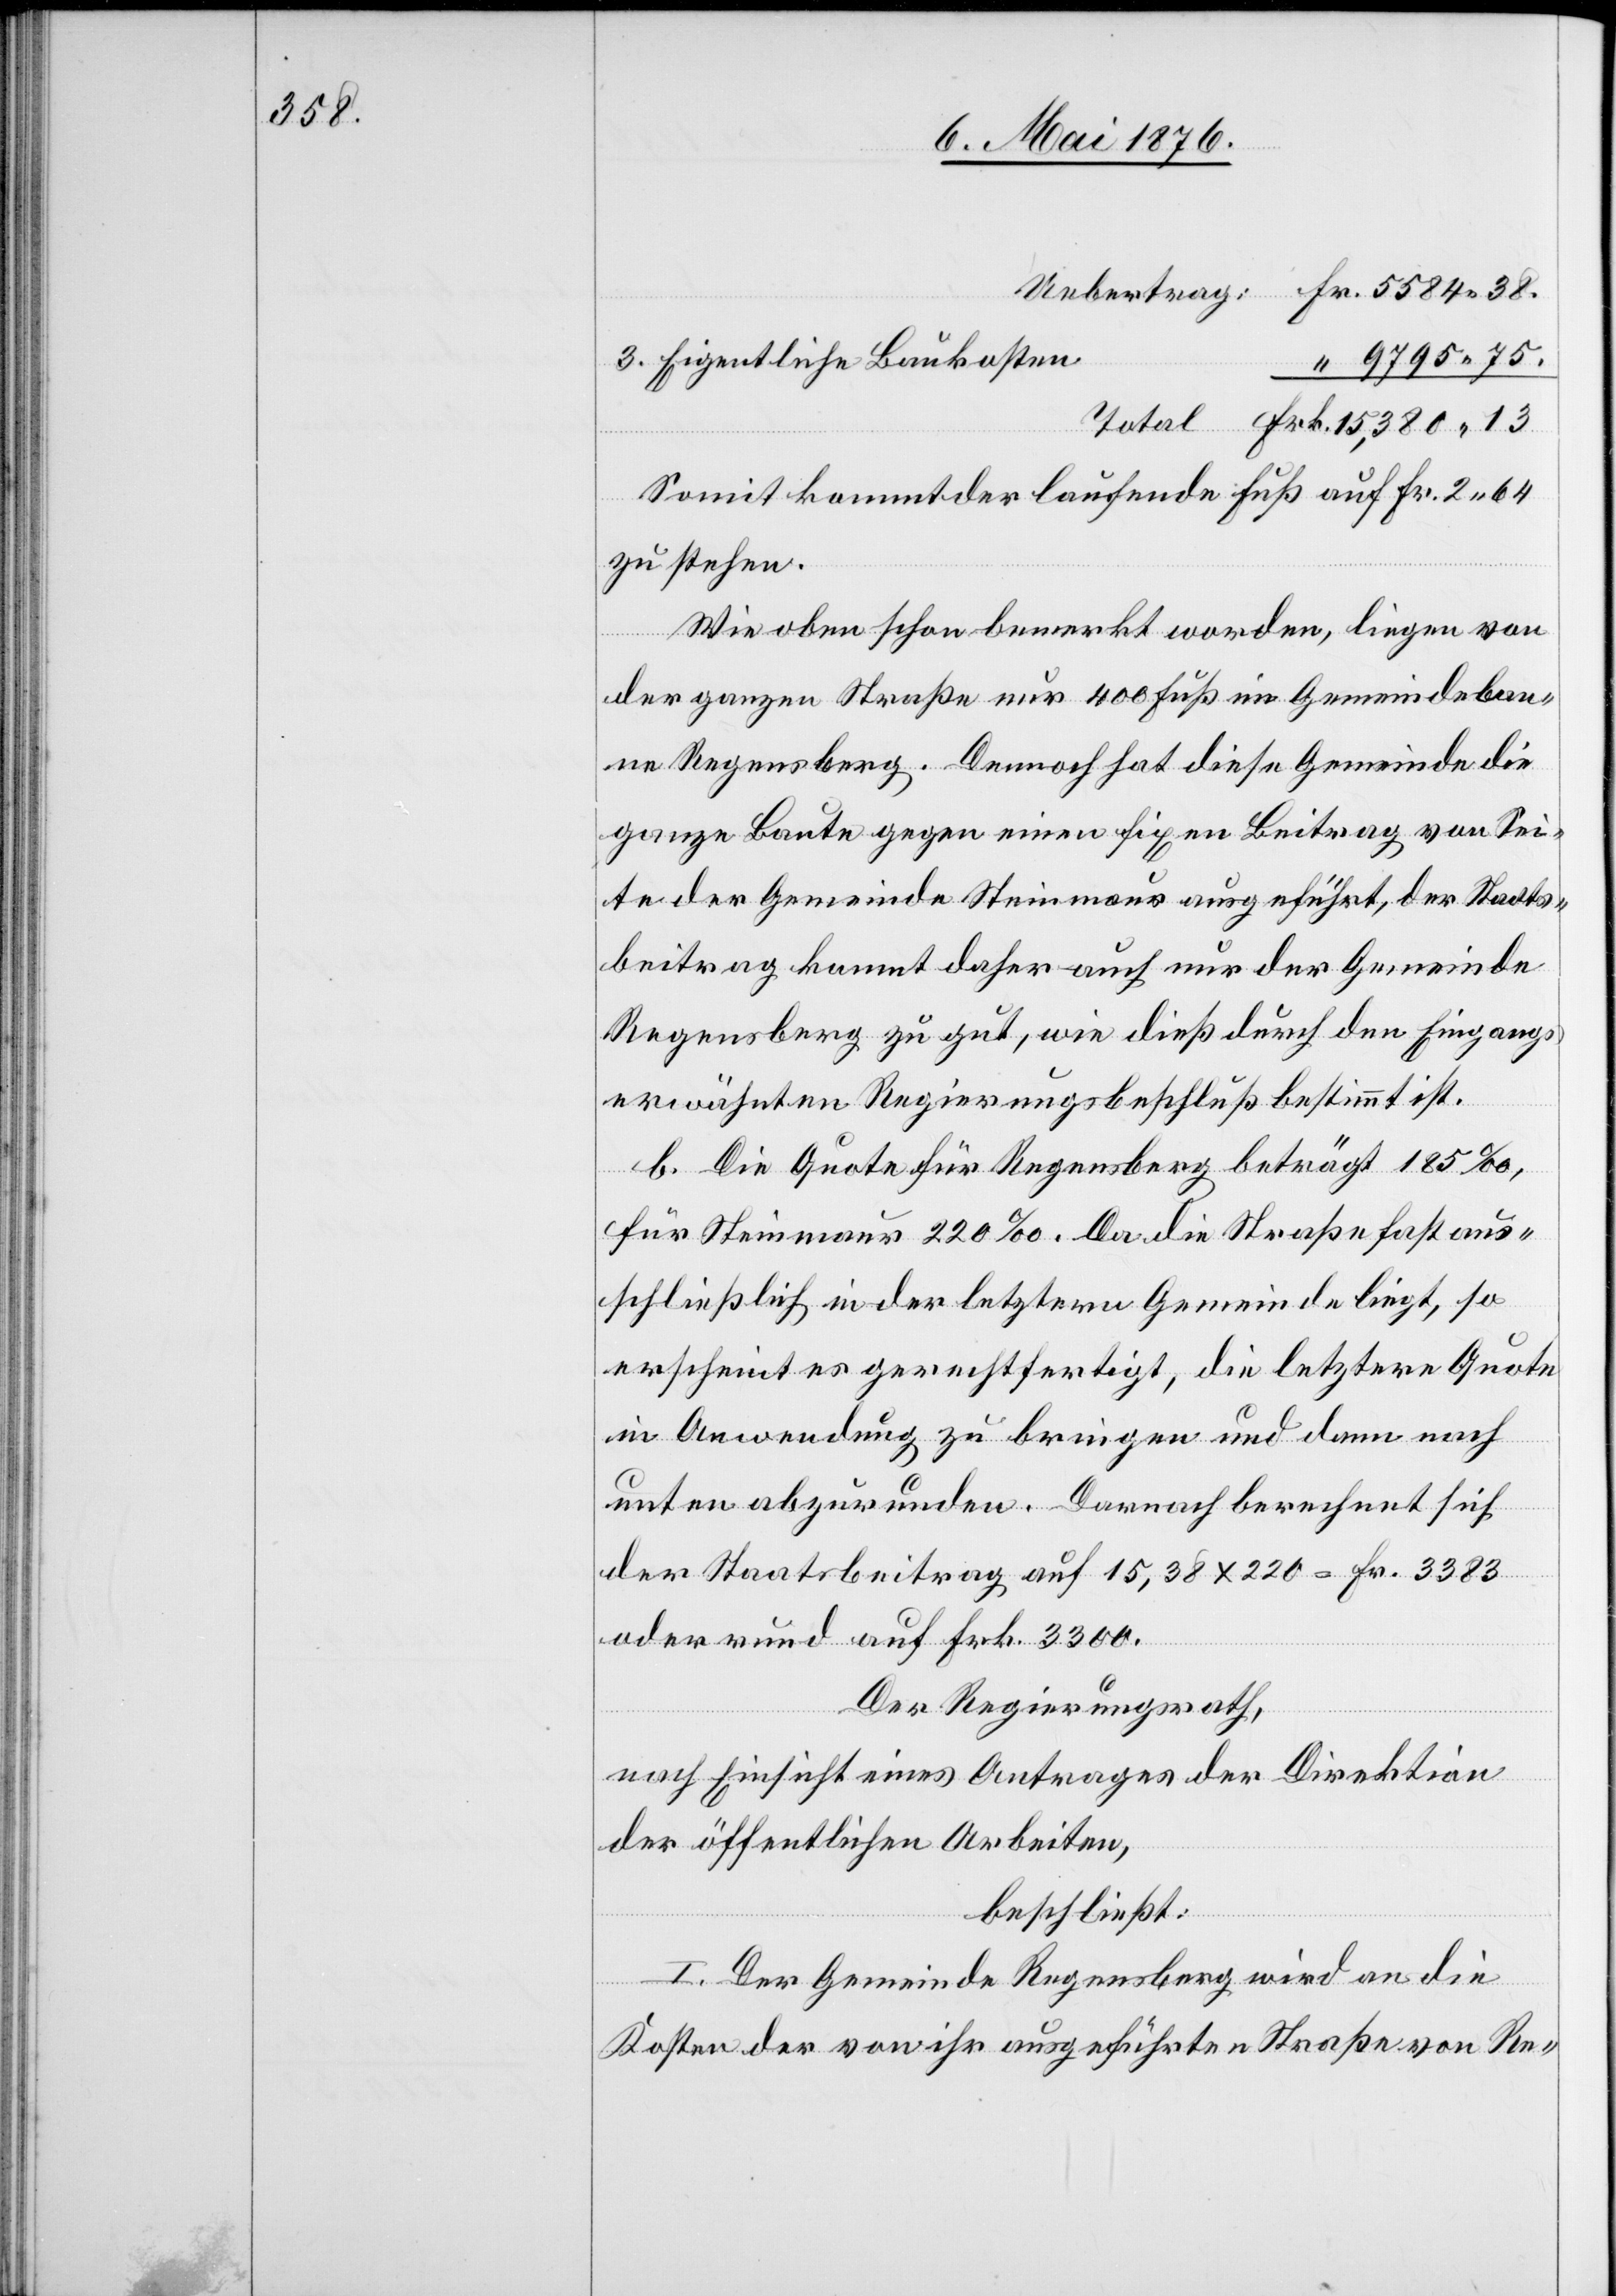
3.

Eigentliche Baukosten
Somit kommt der laufende Fuß auf Fr. 2 54
zu stehen.
Wie oben schon bemerkt worden, liegen von
der ganzen Straße nur 400 Fuß im Gemeindeban¬
ne Regensberg. Dennoch hat diese Gemeinde die
ganze Baute gegen einen fixen Beitrag von Sei¬
te der Gemeinde Steinmaur ausgeführt, der Staats¬
beitrag kommt daher auch nur der Gemeinde
Regensberg zu gut, wie dieß durch den Eingangs
erwähnten Regierungsbeschluß bestimmt ist.
b. Die Quote für Regensberg beträgt 185 ‰,
für Steinmaur 220 ‰. Da die Straße fast aus¬
schließlich in der letztern Gemeinde liegt, so
erscheint es gerechtfertigt, die letztere Quote
in Anwendung zu bringen und dann nach
unten abzurunden. Darauf berechnet sich
der Staatsbeitrag auf 15,38 x 220 = Fr. 3383
oder rund auf Frk. 3300.
Der Regierungsrath,
nach Einsicht eines Antrages der Direktion
Frk.
der öffentlichen Arbeiten,
beschließt:
I. Der Gemeinde Regensberg wird an die
Kosten der von ihr ausgeführten Straße von Re-